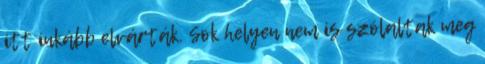
itt inkább elvárták. Sok helyen nem is szólaltak meg